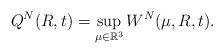
LaTeX: \begin{align*}Q^N(R,t)=\sup_{\mu\in {\mathbb {R}}^3 }W^N( \mu,R,t).\end{align*}